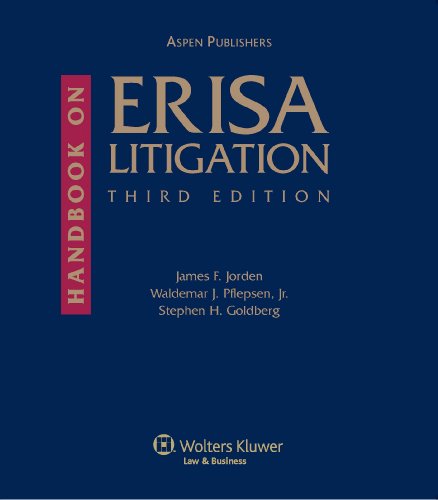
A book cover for Handbook on ERISA Litigation, Third Edition; James F. Jorden; Law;